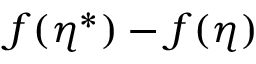
f ( \eta ^ { * } ) - f ( \eta )